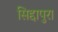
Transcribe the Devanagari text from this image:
सिद्दापुरा